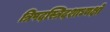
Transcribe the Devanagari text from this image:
त्रिपदस्त्रिदशाध्यक्षो